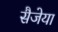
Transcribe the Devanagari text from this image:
सैजेया